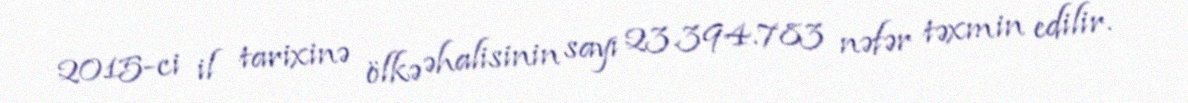
2015-ci il tarixinə ölkə əhalisinin sayı 23.394.783 nəfər təxmin edilir.